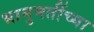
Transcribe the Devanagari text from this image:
भानुमतींच्या